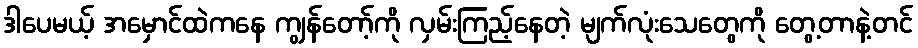
ဒါပေမယ့် အမှောင်ထဲကနေ ကျွန်တော့်ကို လှမ်းကြည့်နေတဲ့ မျက်လုံးသေတွေကို တွေ့တာနဲ့တင်